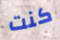
كنت